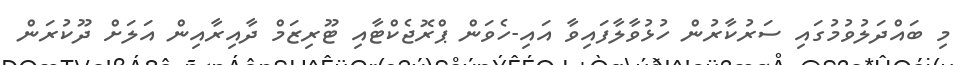
މި ބައްދަލުވުމުގައި ސަރުކާރުން ހުޅުވާލާފައިވާ އައި-ހެވަން ޕްރޮޖެކްޓާއި ޓޫރިޒަމް ދާއިރާއިން އަލަށް ދޫކުރަން